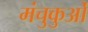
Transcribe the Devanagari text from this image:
मंचुकुओं